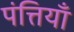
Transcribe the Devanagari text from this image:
पंत्तियाँ